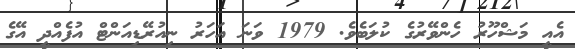
އެއީ މަޝްހޫރު ހެންވޭރުގެ ކުލަބެވެ. 1979 ވަނަ އަހަރު ނިއުރޭޑިއަންޓް އުފެއްދީ އޭގެ